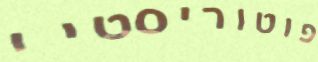
פוטוריסטיי